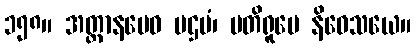
၁၅၈။ အတ္တာနမေဝ ပဌမံ၊ ပတိရူပေ နိဝေသယေ။